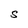
Character: s